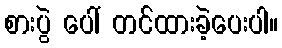
စားပွဲ ပေါ် တင်ထားခဲ့ပေးပါ။